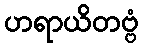
ဟရာယိတဗ္ဗံ